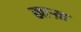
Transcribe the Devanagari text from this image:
खाऱ्य़ा